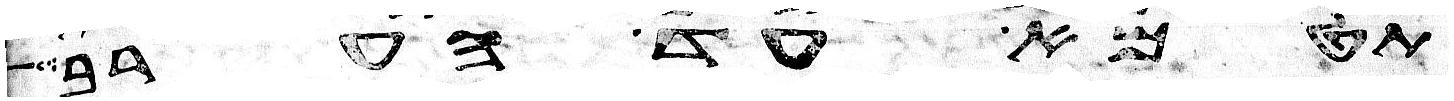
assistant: תטמא עד הערב